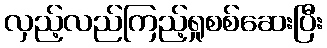
လှည့်လည်ကြည့်ရှုစစ်ဆေးပြီး